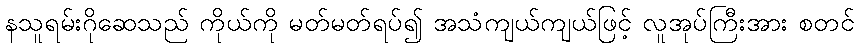
နသူရမ်းဂိုဆေသည် ကိုယ်ကို မတ်မတ်ရပ်၍ အသံကျယ်ကျယ်ဖြင့် လူအုပ်ကြီးအား စတင်